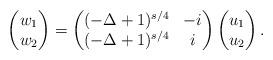
LaTeX: \begin{align*}\begin{pmatrix}w_{1} \\w_{2}\end{pmatrix}= \begin{pmatrix}(-\Delta + 1)^{s/4} & -i\\(-\Delta + 1)^{s/4} & i\end{pmatrix}\begin{pmatrix}u_{1}\\u_{2}\end{pmatrix}. \end{align*}